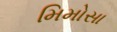
મિમોસા